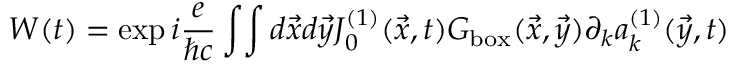
W ( t ) = \exp i { \frac { e } { \hbar c } } \int \! \int d \vec { x } d \vec { y } J _ { 0 } ^ { ( 1 ) } ( \vec { x } , t ) G _ { \mathrm { b o x } } ( \vec { x } , \vec { y } ) \partial _ { k } a _ { k } ^ { ( 1 ) } ( \vec { y } , t )